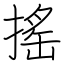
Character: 搖